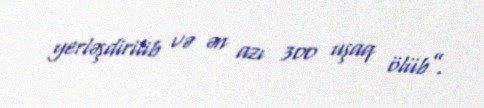
yerləşdirilib və ən azı 300 uşaq ölüb”.